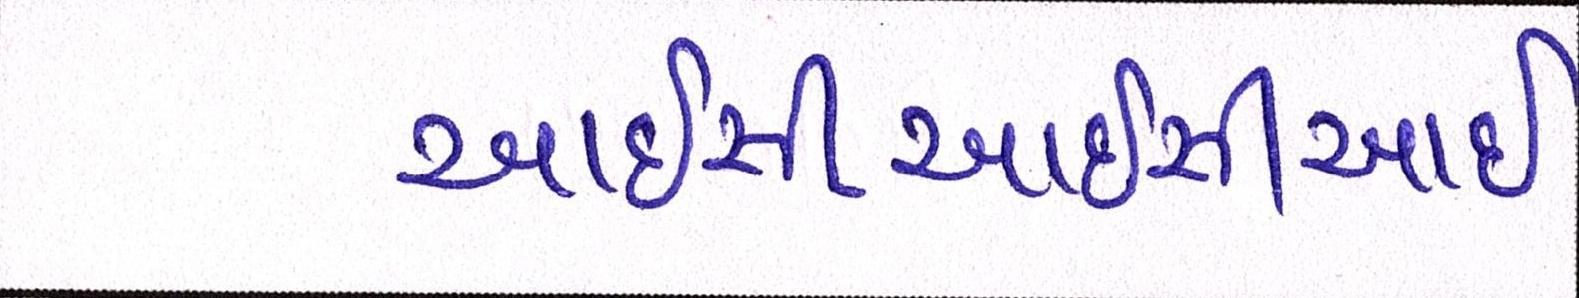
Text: આઇસીઆઇસીઆઇ